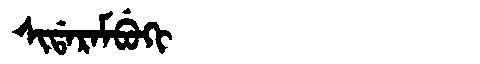
Manchu: ᠰᡳᡩᠠᡵᠠᠮᠪᡠᡴᡳ
Romanization: SIDARAMBUKI